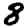
Digit: 8